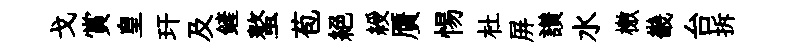
戈賞皇玕及鏟螯苞絶綬贋惕杜屏讃水檄畿台拆